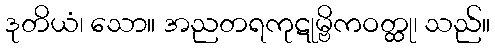
ဒုတိယံ၊ သော။ အညတရကုဋုမ္ဗိကဝတ္ထု၊ သည်။